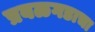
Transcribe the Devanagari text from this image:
प्रबळगडाचा